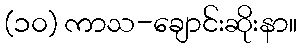
(၁၀) ကာသ-ချောင်းဆိုးနာ။